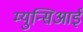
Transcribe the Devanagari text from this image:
म्युन्सिआई